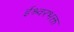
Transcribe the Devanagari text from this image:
ईश्र्वरभक्त